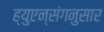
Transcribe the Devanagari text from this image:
ह्युएन्संगनुसार